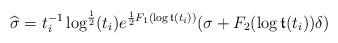
LaTeX: \begin{align*} \widehat{\sigma} = t_i^{-1} \log^{\frac{1}{2}}(t_i)e^{\frac12 F_1(\log {\frak t}(t_i))} (\sigma+ F_2(\log {\frak t}(t_i)) \delta) \end{align*}